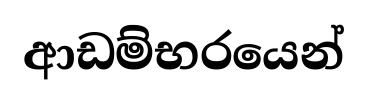
ආඩම්භරයෙන්